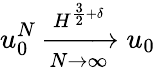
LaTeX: u_{0}^{N}\xrightarrow[N\rightarrow\infty]{H^{\frac{3}{2}+\delta}}u_{0}